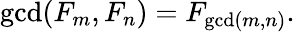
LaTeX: \operatorname*{gcd}(F_{m},F_{n})=F_{\operatorname*{gcd}(m,n)}.